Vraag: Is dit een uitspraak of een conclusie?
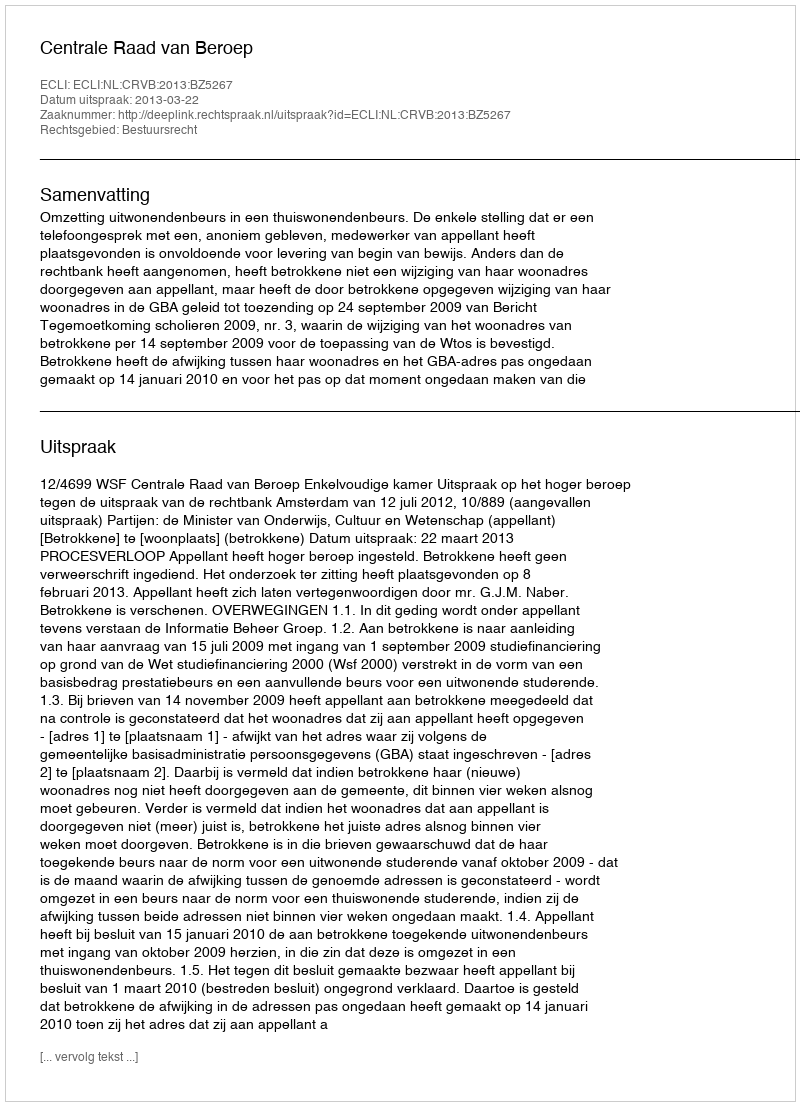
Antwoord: Uitspraak